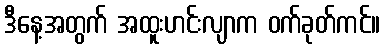
ဒီနေ့အတွက် အထူးဟင်းလျာက ဝက်ခုတ်ကင်။